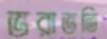
ভরাভতি